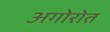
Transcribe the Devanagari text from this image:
अगोरोत